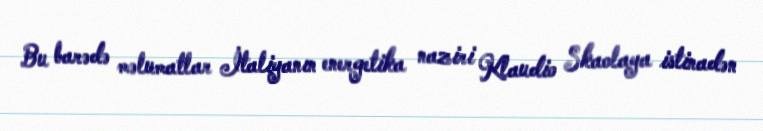
Bu barədə məlumatlar İtaliyanın energetika naziri Klaudio Skaolaya istinadən